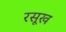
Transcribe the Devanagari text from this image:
रसूख